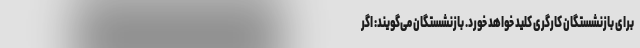
برای بازنشستگان کارگری کلید خواهد خورد. بازنشستگان می‌گویند: اگر